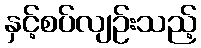
နှင့်စပ်လျဉ်းသည့်